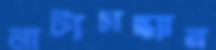
নাট্যসন্ধ্যার